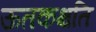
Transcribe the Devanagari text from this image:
ऊतकक्षति